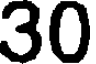
30